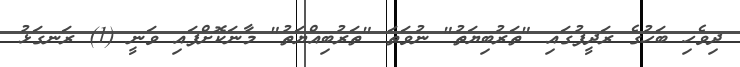
ދިވެހި ބަހުގެ ރަދީފުގައި "ތަރުބިޔަތު" ނުވަތަ "ތަރުބިއްޔަތު" މާނަކޮށްފައި ވަނީ (1) ރަނގަޅު